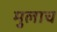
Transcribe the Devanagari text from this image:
मुलाच